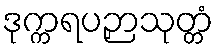
ဒုက္ကရပဉှာသုတ္တံ